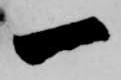
一